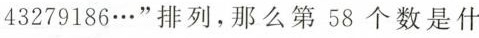
43279186…”排列，那么第58个数是什